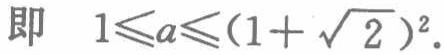
即 \(1\leqslant a\leqslant(1 + \sqrt{2})^2\).